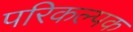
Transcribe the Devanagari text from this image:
परिकल्पक